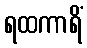
ရထကာရိံ